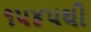
૧૫૪૫થી